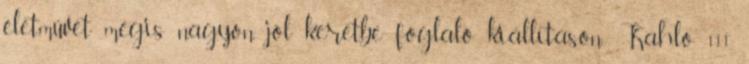
életművet mégis nagyon jól keretbe foglaló kiállításon: Kahlo 111.